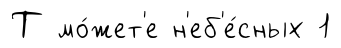
Т мо́жет'е н'еб'е́сных 1